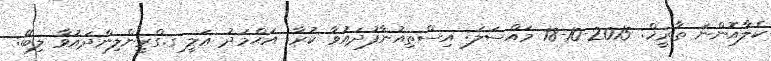
ކެލާއޮންނަ ތާރީޚް: 2015-10-18 މައްސަލަ: އިސްތިއުނާފުދައުވާ ކުރާ: އަޙްމަދު ޢަލީ ގ.ގްރީންލިންދައުވާ ލިބޭ: